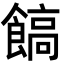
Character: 𩝝